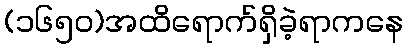
(၁၆၅၀)အထိရောက်ရှိခဲ့ရာကနေ